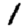
Digit: 1